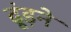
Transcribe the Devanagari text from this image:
ढूंड़ने